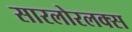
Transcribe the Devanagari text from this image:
सारलोरलक्स